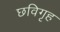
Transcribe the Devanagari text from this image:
छविगृह